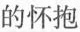
的怀抱